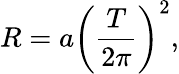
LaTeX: R=a\left({\frac{T}{2\pi}}\right)^{2},